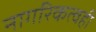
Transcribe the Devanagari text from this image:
नागरिकत्वही